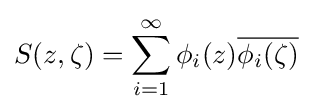
S(z,\zeta )=\sum _{i=1}^{\infty }\phi _{i}(z){\overline {\phi _{i}(\zeta )}}